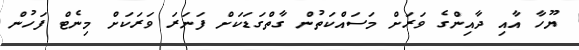
ޔޫހާ އާއި ދާއިންގެ ވަރަށް މަސައްކަތުން ގާތްގަޑަކަށް ފަނަރަ ވަރަކަށް މިނެޓް ފަހުން